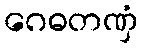
ဂေဓတဏှံ